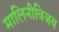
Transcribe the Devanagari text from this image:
मालिनीविजय